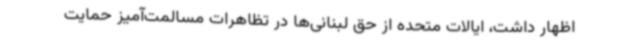
اظهار داشت، ایالات متحده از حق لبنانی‌ها در تظاهرات مسالمت‌آمیز حمایت